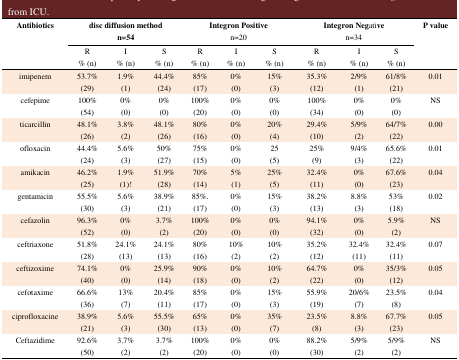
<table><thead><tr><td rowspan="3"><b>Antibiotics</b></td><td colspan="3"><b>disc diffusion methodn=54</b></td><td colspan="3"><b>Integron Positiven=20</b></td><td colspan="3"><b>Integron Negativen=34</b></td><td rowspan="3"><b>P value</b></td></tr><tr><td rowspan="2"><b>R% (n)</b></td><td rowspan="2"><b>I% (n)</b></td><td rowspan="2"><b>S% (n)</b></td><td><b>R</b></td><td rowspan="2"><b>I% (n)</b></td><td><b>S</b></td><td rowspan="2"><b>R% (n)</b></td><td><b>I</b></td><td><b>S</b></td></tr><tr><td><b>% (n)</b></td><td><b>% (n)</b></td><td><b>% (n)</b></td><td><b>% (n)</b></td></tr></thead><tbody><tr><td>imipenem</td><td>53.7%(29)</td><td>1.9%(1)</td><td>44.4%(24)</td><td>85%(17)</td><td>0%(0)</td><td>15%(3)</td><td>35.3%(12)</td><td>2/9%(1)</td><td>61/8%(21)</td><td>0.01</td></tr><tr><td>cefepime</td><td>100%(54)</td><td>0%(0)</td><td>0%(0)</td><td>100%(20)</td><td>0%(0)</td><td>0%(0)</td><td>100%(34)</td><td>0%(0)</td><td>0%(0)</td><td>NS</td></tr><tr><td>ticarcillin</td><td>48.1%(26)</td><td>3.8%(2)</td><td>48.1%(26)</td><td>80%(16)</td><td>0%(0)</td><td>20%(4)</td><td>29.4%(10)</td><td>5/9%(2)</td><td>64/7%(22)</td><td>0.00</td></tr><tr><td>ofloxacin</td><td>44.4%(24)</td><td>5.6%(3)</td><td>50%(27)</td><td>75%(15)</td><td>0%(0)</td><td>25(5)</td><td>25%(9)</td><td>9/4%(3)</td><td>65.6%(22)</td><td>0.01</td></tr><tr><td>amikacin</td><td>46.2%(25)</td><td>1.9%(1)!</td><td>51.9%(28)</td><td>70%(14)</td><td>5%(1)</td><td>25%(5)</td><td>32.4%(11)</td><td>0%(0)</td><td>67.6%(23)</td><td>0.04</td></tr><tr><td>gentamicin</td><td>55.5%(30)</td><td>5.6%(3)</td><td>38.9%(21)</td><td>85%.(17)</td><td>0%(0)</td><td>15%(3)</td><td>38.2%(13)</td><td>8.8%(3)</td><td>53%(18)</td><td>0.02</td></tr><tr><td>cefazolin</td><td>96.3%(52)</td><td>0%(0)</td><td>3.7%(2)</td><td>100%(20)</td><td>0%(0)</td><td>0%(0)</td><td>94.1%(32)</td><td>0%(0)</td><td>5.9%(2)</td><td>NS</td></tr><tr><td>ceftriaxone</td><td>51.8%(28)</td><td>24.1%(13)</td><td>24.1%(13)</td><td>80%(16)</td><td>10%(2)</td><td>10%(2)</td><td>35.2%(12)</td><td>32.4%(11)</td><td>32.4%(11)</td><td>0.07</td></tr><tr><td>ceftizoxime</td><td>74.1%(40)</td><td>0%(0)</td><td>25.9%(14)</td><td>90%(18)</td><td>0%(0)</td><td>10%(2)</td><td>64.7%(22)</td><td>0%(0)</td><td>35/3%(12)</td><td>0.05</td></tr><tr><td>cefotaxime</td><td>66.6%(36)</td><td>13%(7)</td><td>20.4%(11)</td><td>85%(17)</td><td>0%(0)</td><td>15%(3)</td><td>55.9%(19)</td><td>20/6%(7)</td><td>23.5%(8)</td><td>0.04</td></tr><tr><td>ciprofloxacine</td><td>38.9%(21)</td><td>5.6%(3)</td><td>55.5%(30)</td><td>65%(13)</td><td>0%(0)</td><td>35%(7)</td><td>23.5%(8)</td><td>8.8%(3)</td><td>67.7%(23)</td><td>0.05</td></tr><tr><td>Ceftazidime</td><td>92.6%(50)</td><td>3.7%(2)</td><td>3.7%(2)</td><td>100%(20)</td><td>0%(0)</td><td>0%(0)</td><td>88.2%(30)</td><td>5/9%(2)</td><td>5/9%(2)</td><td>NS</td></tr></tbody></table>